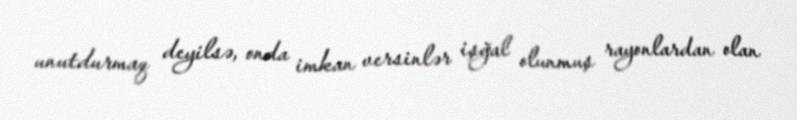
unutdurmaq deyilsə, onda imkan versinlər işğal olunmuş rayonlardan olan